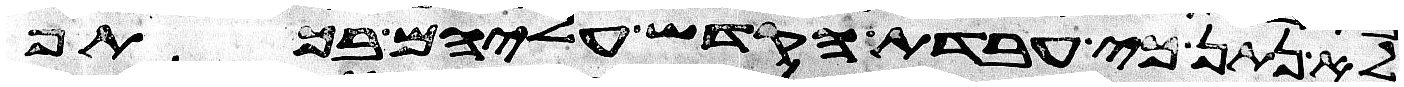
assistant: לא נתן כי עבדת הקדש עליהם בכתף